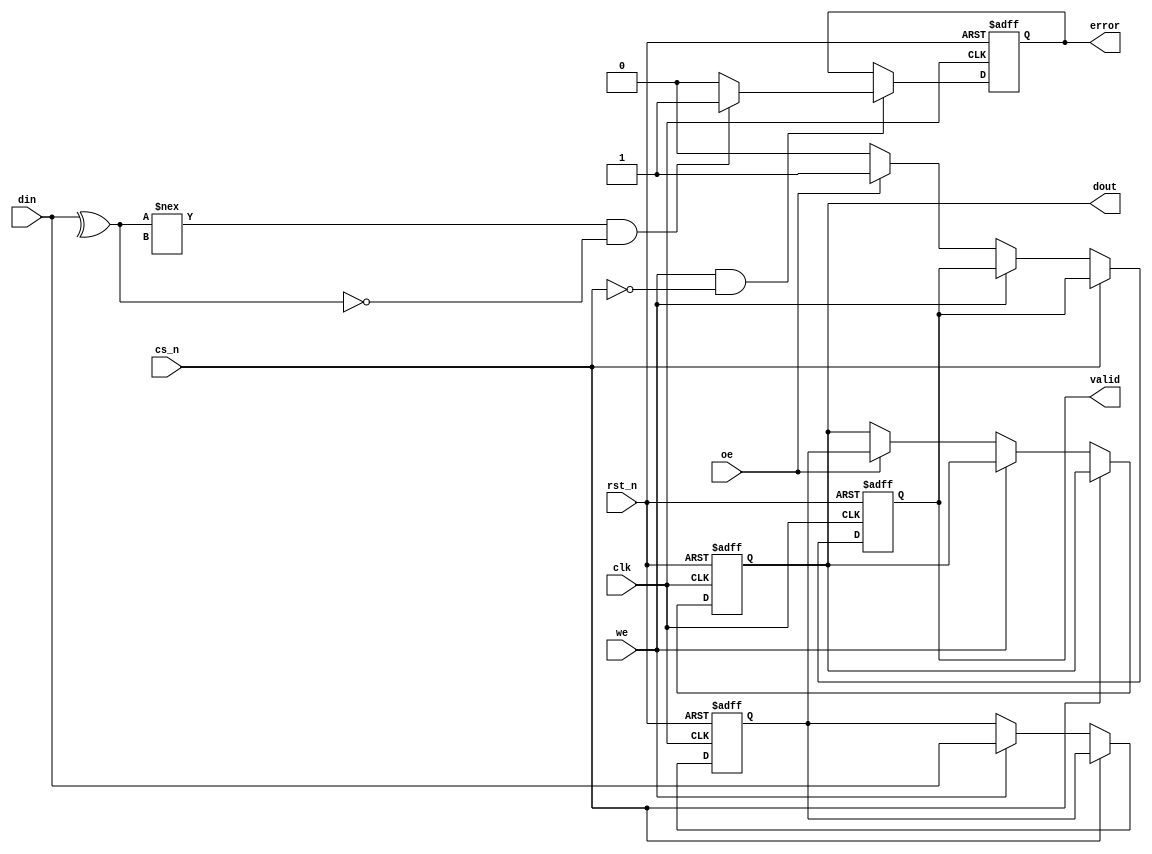
module pcm_io_block #(
    parameter DATA_WIDTH = 8 // Configurable data width
) (
    input wire clk,                  // Clock Signal
    input wire rst_n,                // Active Low Reset
    input wire cs_n,                 // Chip Select (Active Low)
    input wire we,                   // Write Enable
    input wire oe,                   // Output Enable
    input wire [DATA_WIDTH-1:0] din, // Data Input
    output reg [DATA_WIDTH-1:0] dout, // Data Output
    output reg error,                // Error Output for error handling
    output reg valid                 // Data Valid Signal
);
    // Internal Registers
    reg [DATA_WIDTH-1:0] data_latch; // Latch for incoming data
    reg writing;                     // Write operation flag

    // Error Detection logic (simple example)
    always @(negedge clk or negedge rst_n) begin
        if (!rst_n) begin
            error <= 1'b0;
        end else if (we && cs_n == 1'b0) begin
            // Example: Check for invalid data (parity check example)
            // Assuming we have a simple parity check condition
            if (^din !== 1'bx && (^din) != 1'b1) // Simple parity check
                error <= 1'b1; // Set error flag if parity check fails
            else
                error <= 1'b0; // Clear error if data is valid
        end
    end

    // Clocked operations
    always @(posedge clk or negedge rst_n) begin
        if (!rst_n) begin
            data_latch <= {DATA_WIDTH{1'b0}};
            dout <= {DATA_WIDTH{1'b0}};
            valid <= 1'b0;
            writing <= 1'b0;
        end else if (cs_n == 1'b0) begin
            if (we) begin // Write Operation
                writing <= 1'b1;
                // Capture incoming data on positive clock edge
                data_latch <= din;
            end else if (oe) begin // Read Operation
                dout <= data_latch; // Output the data latch to dout
                valid <= 1'b1;      // Assert valid signal when reading
            end else begin
                valid <= 1'b0;      // Deassert valid if no read operation
            end
        end else begin
            writing <= 1'b0; // Reset writing flag if chip is deselected
        end
    end

    // Power Management - Power Gating Example
    always @(posedge clk or negedge rst_n) begin
        if (!rst_n) begin
            // Power down logic can be added based on operational states
        end else begin
            // Implement power gating based on certain conditions
            // e.g., power down unused sections or idle state detection
        end
    end

endmodule